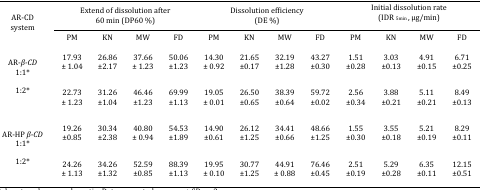
<table><thead><tr><td rowspan="2"><b>AR-CDsystem</b></td><td colspan="4"><b>Extend of dissolution after60 min (DP60 %)</b></td><td colspan="4"><b>Dissolution efficiency(DE %)</b></td><td colspan="4"><b>Initial dissolution rate(IDR <sub>5min </sub>, μg/min)</b></td></tr><tr><td><b>PM</b></td><td><b>KN</b></td><td><b>MW</b></td><td><b>FD</b></td><td><b>PM</b></td><td><b>KN</b></td><td><b>MW</b></td><td><b>FD</b></td><td><b>PM</b></td><td><b>KN</b></td><td><b>MW</b></td><td><b>FD</b></td></tr></thead><tbody><tr><td rowspan="2"><b>AR-</b><b><i>β-CD</i></b><b>1:1</b>*<b>1:2</b>*</td><td>17.93± 1.04</td><td>26.86±2.17</td><td>37.66± 1.23</td><td>50.06±1.23</td><td>14.30± 0.92</td><td>21.65±0.17</td><td>32.19±1.28</td><td>43.27±0.30</td><td>1.51±0.28</td><td>3.03±0.13</td><td>4.91±0.15</td><td>6.71±0.25</td></tr><tr><td>22.73± 1.23</td><td>31.26±1.04</td><td>46.46±1.23</td><td>69.99±1.13</td><td>19.05± 0.01</td><td>26.50±0.65</td><td>38.39±0.64</td><td>59.72±0.02</td><td>2.56±0.34</td><td>3.88±0.21</td><td>5.11±0.21</td><td>8.49±0.13</td></tr><tr><td rowspan="2"><b>AR-HP</b><b><i> β-CD</i></b><b>1:1</b>*<b>1:2</b>*</td><td>19.26±0.85</td><td>30.34±2.38</td><td>40.80± 0.94</td><td>54.53±1.89</td><td>14.90±0.61</td><td>26.12±1.25</td><td>34.41±0.66</td><td>48.66±1.25</td><td>1.55±0.30</td><td>3.55±0.18</td><td>5.21±0.19</td><td>8.29±0.11</td></tr><tr><td>24.26± 1.13</td><td>34.26±1.32</td><td>52.59±0.85</td><td>88.39±1.13</td><td>19.95± 0.10</td><td>30.77±1.25</td><td>44.91± 0.88</td><td>76.46±0.45</td><td>2.51±0.19</td><td>5.29±0.28</td><td>6.35±0.11</td><td>12.15±0.51</td></tr></tbody></table>